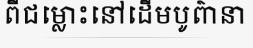
ពីជម្លោះនៅដើមបូព៌ានា